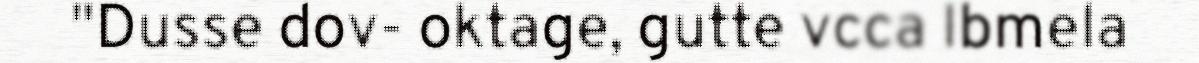
"Dusse dov- oktage, gutte vcca Ibmela